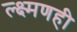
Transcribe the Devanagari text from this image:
ल्क्ष्मणही